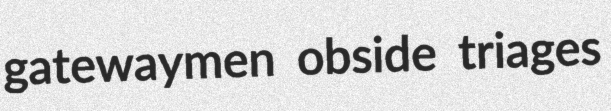
gatewaymen obside triages